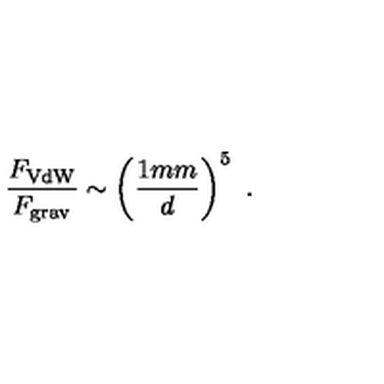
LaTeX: { \frac { F _ { \mathrm { V d W } } } { F _ { \mathrm { g r a v } } } } \sim \left( { \frac { 1 { m m } } { d } } \right) ^ { 5 } \ .